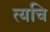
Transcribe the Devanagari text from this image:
त्यचि